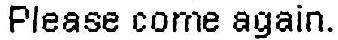
PLEASE COME AGAIN.